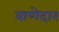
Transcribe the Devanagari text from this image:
बाणेदार